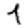
Digit: 4